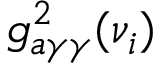
g _ { a \gamma \gamma } ^ { 2 } ( \nu _ { i } )